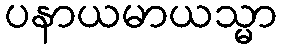
ပနာယမာယသ္မာ